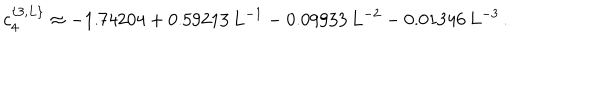
LaTeX: c _ { 4 } ^ { \{ 3 , L \} } \approx - 1 . 7 4 2 0 4 + 0 . 5 9 2 1 3 \, L ^ { - 1 } - 0 . 0 9 9 3 3 \, L ^ { - 2 } - 0 . 0 1 3 4 6 \, L ^ { - 3 } \, .